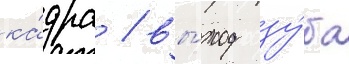
ка́дра / вы́ход зу́ба